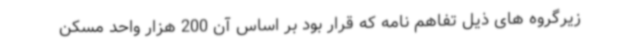
زیرگروه های ذیل تفاهم نامه که قرار بود بر اساس آن 200 هزار واحد مسکن